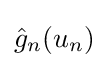
{\hat {g}}_{n}(u_{n})